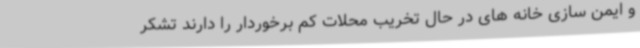
و ایمن سازی خانه های در حال تخریب محلات کم برخوردار را دارند تشکر